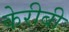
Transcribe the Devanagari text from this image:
केरीबी